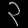
Digit: ၃